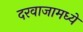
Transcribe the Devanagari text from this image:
दरवाजामध्ये